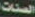
الصنات